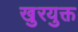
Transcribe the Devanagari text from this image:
खुरयुक्त